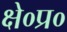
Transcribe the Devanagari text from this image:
क्षे०प्र०